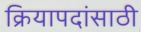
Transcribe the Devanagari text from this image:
क्रियापदांसाठी